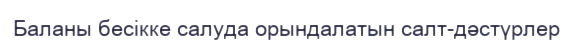
Баланы бесікке салуда орындалатын салт-дәстүрлер